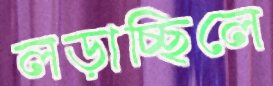
লড়াচ্ছিলে